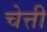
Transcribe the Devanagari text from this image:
चेत्ती